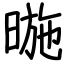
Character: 暆